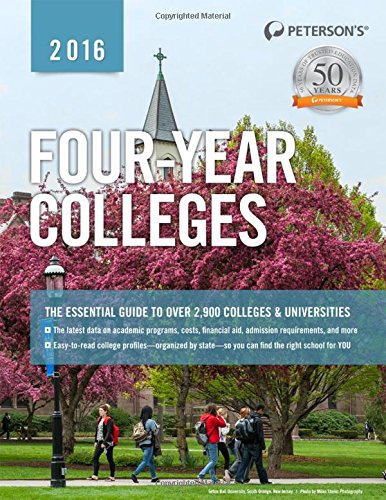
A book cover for Four-Year Colleges 2016 (Peterson's Four Year Colleges); Peterson's; Education & Teaching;